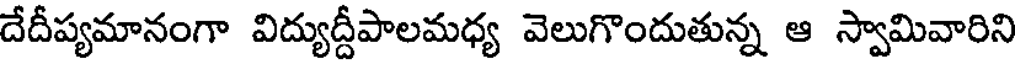
దేదీప్యమానంగా విద్యుద్దీపాలమధ్య వెలుగొందుతున్న ఆ స్వామివారిని